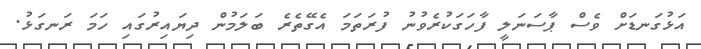
އަޅުގަނޑަށް ވެސް ޕާސަނަލީ ފާހަގަކުރެވުނު ފުރަތަމަ އެގޭތެރެ ބަލަމުން ދިޔައިރުގައި ހަމަ ރަނގަޅު.